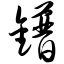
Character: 镨